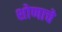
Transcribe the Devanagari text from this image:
शोणाचे